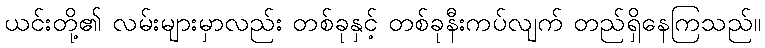
ယင်းတို့၏ လမ်းများမှာလည်း တစ်ခုနှင့် တစ်ခုနီးကပ်လျက် တည်ရှိနေကြသည်။